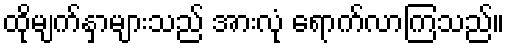
ထိုမျက်နှာများသည် အားလုံ ရောက်လာကြသည်။